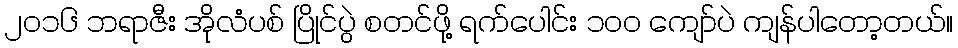
၂၀၁၆ ဘရာဇီး အိုလံပစ် ပြိုင်ပွဲ စတင်ဖို့ ရက်ပေါင်း ၁၀၀ ကျော်ပဲ ကျန်ပါတော့တယ်။